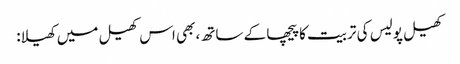
کھیل پولیس کی تربیت کا پیچھا کے ساتھ، بھی اس کھیل میں کھیلا: